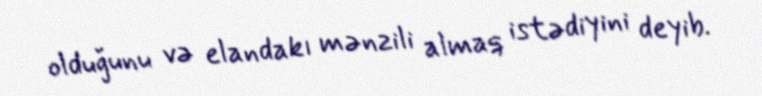
olduğunu və elandakı mənzili almaq istədiyini deyib.